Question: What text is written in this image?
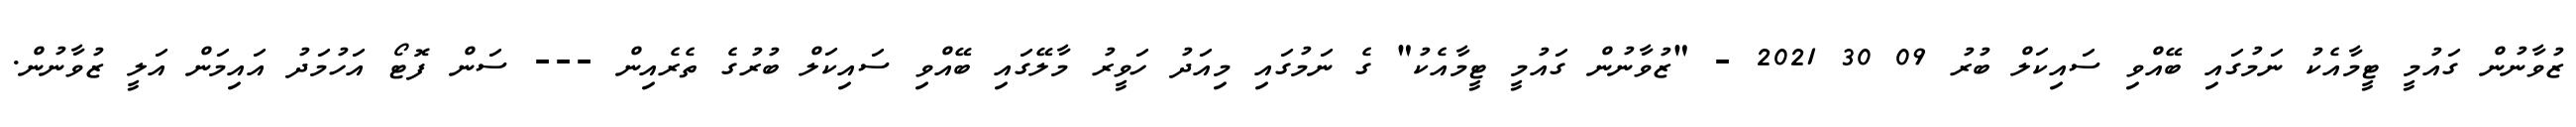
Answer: ޒުވާނުން ގައުމީ ޓީމާއެކު ނަމުގައި ބޭއްވި ސައިކަލް ބުރު 09 30 2021 - "ޒުވާނުން ގައުމީ ޓީމާއެކު" ގެ ނަމުގައި މިއަދު ހަވީރު މާލޭގައި ބޭއްވި ސައިކަލް ބުރުގެ ތެރެއިން --- ސަން ފޮޓޯ އަހުމަދު އައިމަން އަލީ ޒުވާނުން.